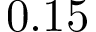
0 . 1 5